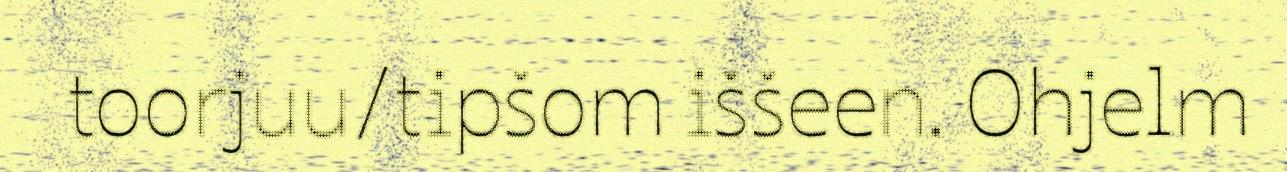
toorjuu/tipšom iššeen. Ohjelm